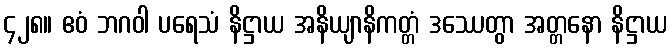
၄၂၈။ ဧဝံ ဘဂဝါ ပရေသံ နိဋ္ဌာယ အနိယျာနိကတ္တံ ဒဿေတွာ အတ္တနော နိဋ္ဌာယ